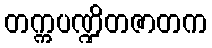
တက္ကပဏ္ဍိတဇာတက